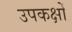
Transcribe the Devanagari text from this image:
उपकक्षों